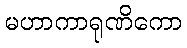
မဟာကာရုဏိကော